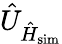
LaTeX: \hat{U}_{\hat{H}_{\mathrm{sim}}}